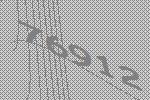
76912